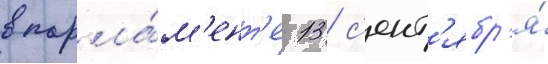
в парла́м'ент'е 13 с'ент'ябр'я́